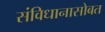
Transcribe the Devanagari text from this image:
संविधानासोबत